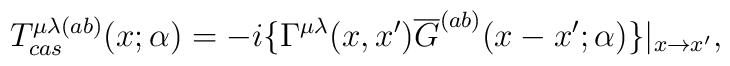
T_{cas}^{\mu \lambda (ab)}(x;\alpha )=-i\{\Gamma ^{\mu\lambda}(x,x^{\prime }) \overline{G}^{(ab)}(x-x^{\prime};\alpha )\}|_{x\rightarrow x^{\prime }},